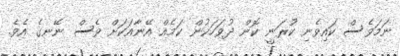
ނަމަވެސް ކައިވެނި ކުރަނީ ކޮން ދުވަހަކުން ކަމެއް އޭނާއަކަށް ވެސް ނޭނގެ އެވެ.